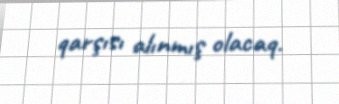
qarşısı alınmış olacaq.